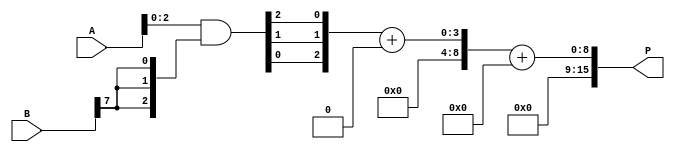
module scalable_wallace_tree_multiplier #(
    parameter N = 8 // Set default width to 8 bits, can be changed to 16, 32, etc.
)(
    input  wire [N-1:0] A,
    input  wire [N-1:0] B,
    output wire [(2*N)-1:0] P
);

// Partial product generation
wire [N-1:0] pp [0:N-1]; // Partial products

genvar i, j;
generate
    for (i = 0; i < N; i = i + 1) begin : partial_products
        assign pp[i] = A & {N{B[i]}}; // AND operation to generate partial product
    end
endgenerate

// Wallace tree reduction
wire [N:0] sum [0:N-1]; // Intermediate sums
wire [N:0] carry [0:N-1]; // Intermediate carries

// First level of reduction: group and sum
generate
    for (i = 0; i < N; i = i + 1) begin : reduction
        if (i == 0) begin
            assign sum[i][0] = pp[i][0];
            assign sum[i][1] = pp[i][1];
            assign carry[i] = 1'b0; // No carry for the first level
        end else begin
            wire [2:0] temp = {pp[i][0], pp[i][1], pp[i][2]};
            assign {carry[i], sum[i]} = temp[2:0] + carry[i-1];
        end
    end
endgenerate

// Final addition stage
wire [N:0] final_sum;
wire [N:0] final_carry;

assign final_sum = sum[N-1] + carry[N-1];

// Output product
assign P = final_sum;

endmodule